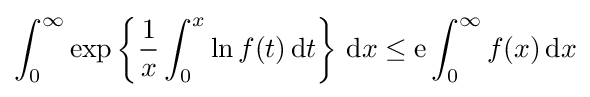
\int _{0}^{\infty }\exp \left\{{\frac {1}{x}}\int _{0}^{x}\ln f(t)\,\mathrm {d} t\right\}\,\mathrm {d} x\leq \mathrm {e} \int _{0}^{\infty }f(x)\,\mathrm {d} x